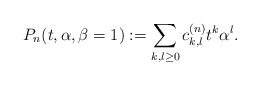
\begin{gather*}P_n(t,\alpha, \beta=1):= \sum_{k,l \ge 0} c_{k,l}^{(n)} t^{k} \alpha^{l}.\end{gather*}